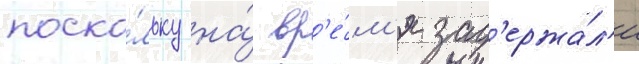
поско́льку на́ вр'е́м'я зад'ержа́л'и